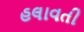
હલાવતી